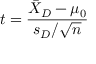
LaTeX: t = { \frac { { \bar { X } } _ { D } - \mu _ { 0 } } { s _ { D } / { \sqrt { n } } } }